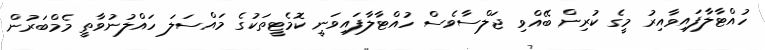
ހުއްޓާލާފައިވާއިރު މީގެ ކުރިން ބޭއްވި ޖަލްސާވެސް ހުއްޓާލާފައިވަނީ ކޮމެޓީތަކުގެ މައްސަލަ ހައްލުނުވާތީ މެމްބަރުން